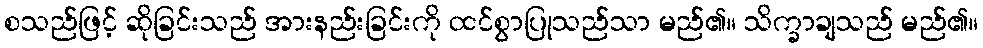
စသည်ဖြင့် ဆိုခြင်းသည် အားနည်းခြင်းကို ထင်စွာပြုသည်သာ မည်၏။ သိက္ခာချသည် မည်၏။